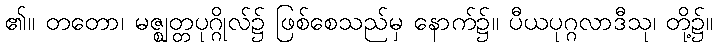
၏။ တတော၊ မဇ္ဈတ္တပုဂ္ဂိုလ်၌ ဖြစ်စေသည်မှ နောက်၌။ ပီယပုဂ္ဂလာဒီသု၊ တို့၌။